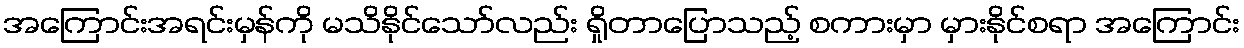
အကြောင်းအရင်းမှန်ကို မသိနိုင်သော်လည်း ရှိုတာပြောသည့် စကားမှာ မှားနိုင်စရာ အကြောင်း